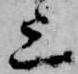
上